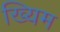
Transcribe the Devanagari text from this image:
ख्यिम